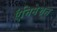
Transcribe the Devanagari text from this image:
ऍनिमेशन